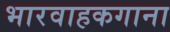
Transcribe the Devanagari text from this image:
भारवाहकगाना